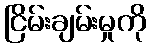
ငြိမ်းချမ်းမှုကို